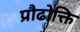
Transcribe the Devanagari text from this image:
प्रौढोक्ति